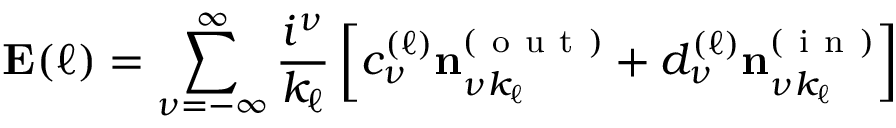
\mathbf { E } ( \ell ) = \sum _ { \nu = - \infty } ^ { \infty } \frac { i ^ { \nu } } { k _ { \ell } } \left[ c _ { \nu } ^ { ( \ell ) } \mathbf { n } _ { \nu k _ { \ell } } ^ { ( \mathrm { ~ o ~ u ~ t ~ } ) } + d _ { \nu } ^ { ( \ell ) } \mathbf { n } _ { \nu k _ { \ell } } ^ { ( \mathrm { ~ i ~ n ~ } ) } \right]